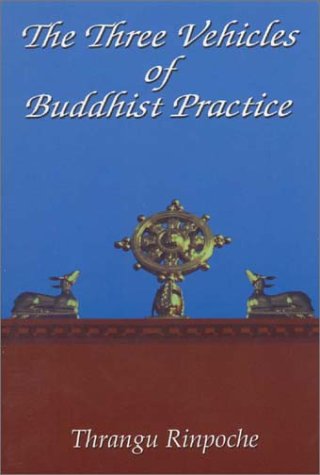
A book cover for The Three Vehicles of Buddhist Practice; Thrangu Rinpoche; Religion & Spirituality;